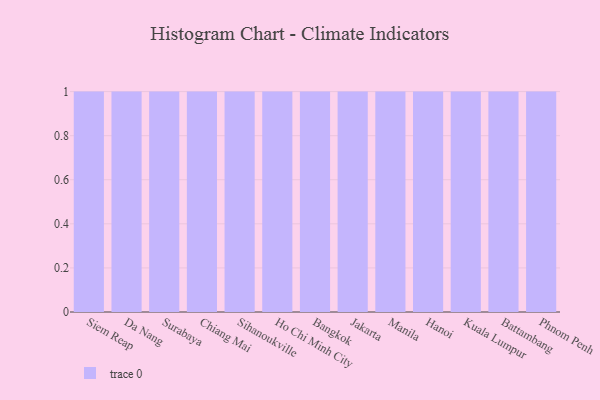
{"axis": {"x": "City", "y": "Temperature (°C)"}, "legend": [""], "data": [{"x": "Siem Reap", "y": 56, "type": ""}, {"x": "Da Nang", "y": 39, "type": ""}, {"x": "Surabaya", "y": 29, "type": ""}, {"x": "Chiang Mai", "y": 4, "type": ""}, {"x": "Sihanoukville", "y": 40, "type": ""}, {"x": "Ho Chi Minh City", "y": 66, "type": ""}, {"x": "Bangkok", "y": 50, "type": ""}, {"x": "Jakarta", "y": 29, "type": ""}, {"x": "Manila", "y": 70, "type": ""}, {"x": "Hanoi", "y": 79, "type": ""}, {"x": "Kuala Lumpur", "y": 76, "type": ""}, {"x": "Battambang", "y": 57, "type": ""}, {"x": "Phnom Penh", "y": 62, "type": ""}]}